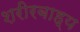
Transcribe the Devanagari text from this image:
शरीरबाह्य